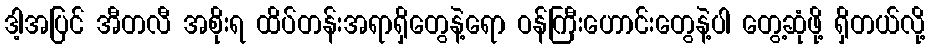
ဒါ့အပြင် အီတလီ အစိုးရ ထိပ်တန်းအရာရှိတွေနဲ့ရော ဝန်ကြီးဟောင်းတွေနဲ့ပါ တွေ့ဆုံဖို့ ရှိတယ်လို့